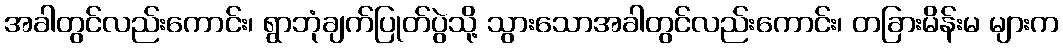
အခါတွင်လည်းကောင်း၊ ရွာဘုံချက်ပြုတ်ပွဲသို့ သွားသောအခါတွင်လည်းကောင်း၊ တခြားမိန်းမ များက